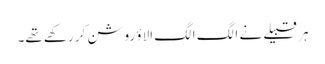
ہر قبیلے نے الگ الگ الاؤ روشن کر رکھے تھے۔